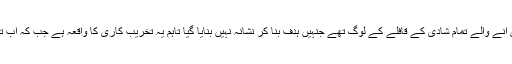
دوسری جانب صوبائی پولیس ترجمان کا کہنا ہے کہ دھماکے کی زد میں آنے والے تمام شادی کے قافلے کے لوگ تھے جنہیں ہدف بنا کر نشانہ نہیں بنایا گیا تاہم یہ تخریب کاری کا واقعہ ہے جب کہ اب تک کسی گروپ کی جانب سے دھماکے کی ذمہ داری قبول نہیں کی گئی۔